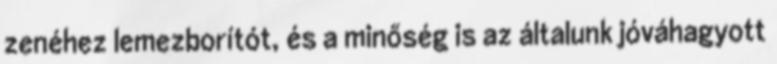
zenéhez lemezborítót, és a minőség is az általunk jóváhagyott